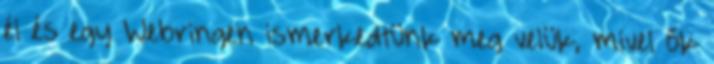
él és egy Webringen ismerkedtünk meg velük, mivel ők